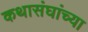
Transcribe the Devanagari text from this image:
कथासंघांच्या